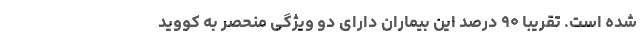
شده است. تقریبا ۹۰ درصد این بیماران دارای دو ویژگی منحصر به کووید